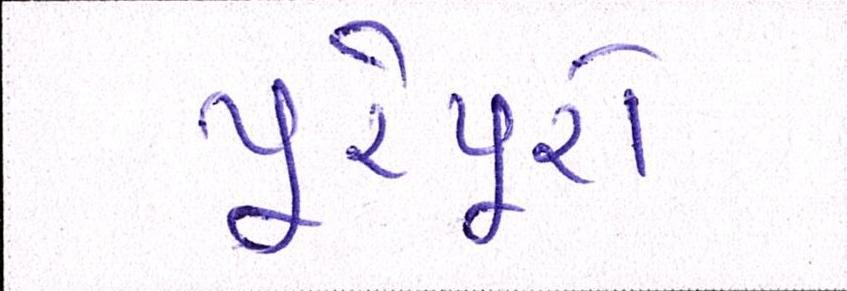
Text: પૂરેપૂરો